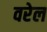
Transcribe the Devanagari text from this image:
वरेल